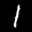
Label: 1